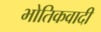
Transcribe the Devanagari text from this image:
भोतिकवादी